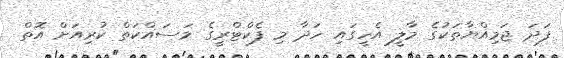
ފަދަ ޖަމިއްޔާތަކުގެ މާލީ އެހީގައި ހަދާ މި ފެކްޓްރީގެ މަސައްކަތް ކުރިއަށް އޮތް